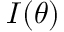
{ \cal { I } } ( \theta )